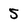
Character: 5